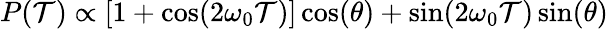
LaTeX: P(\mathcal{T})\propto\left[1+\cos(2\omega_{0}\mathcal{T})\right]\cos(\theta)+\sin(2\omega_{0}\mathcal{T})\sin(\theta)